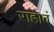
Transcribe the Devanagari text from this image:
राहावं